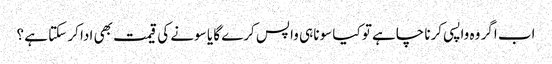
اب اگر وہ واپسی کرنا چاہے تو کیا سونا ہی واپس کرے گا یا سونے کی قیمت بھی ادا کر سکتا ہے ؟